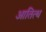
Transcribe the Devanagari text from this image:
आतित्थ